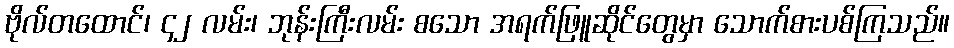
ဗိုလ်တထောင်၊ ၄၂ လမ်း၊ ဘုန်းကြီးလမ်း စသော အရက်ဖြူဆိုင်တွေမှာ သောက်စားပစ်ကြသည်။